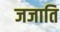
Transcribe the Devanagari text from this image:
जजाति